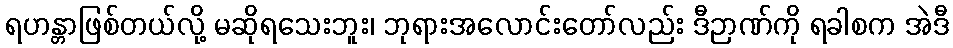
ရဟန္တာဖြစ်တယ်လို့ မဆိုရသေးဘူး၊ ဘုရားအလောင်းတော်လည်း ဒီဉာဏ်ကို ရခါစက အဲဒီ